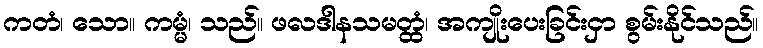
ကတံ၊ သော။ ကမ္မံ၊ သည်။ ဖလဒါနသမတ္ထံ၊ အကျိုးပေးခြင်းငှာ စွမ်းနိုင်သည်။